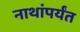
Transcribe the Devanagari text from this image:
नाथांपर्यंत